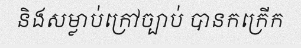
និងសម្លាប់ក្រៅច្បាប់ បានកក្រើក